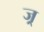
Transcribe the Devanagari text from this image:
ज्र्